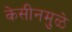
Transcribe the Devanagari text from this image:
केसीनमुळे